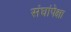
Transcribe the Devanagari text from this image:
संघांपेक्षा